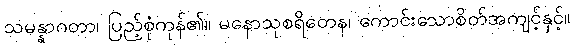
သမန္နာဂတာ၊ ပြည့်စုံကုန်၏။ မနောသုစရိတေန၊ ကောင်းသောစိတ်အကျင့်နှင့်။